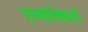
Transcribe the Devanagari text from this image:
राज्याभिषेकाची